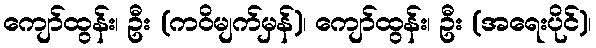
ကျော်ထွန်း၊ ဦး (ကဝိမျက်မှန်)၊ ကျော်ထွန်း၊ ဦး (အရေးပိုင်)၊